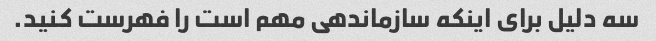
سه دلیل برای اینکه سازماندهی مهم است را فهرست کنید.